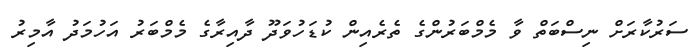
ސަރުކާރަށް ނިސްބަތް ވާ މެމްބަރުންގެ ތެރެއިން ކުޑަހުވަދޫ ދާއިރާގެ މެމްބަރު އަހުމަދު އާމިރު